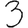
Digit: 3